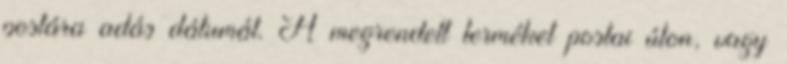
postára adás dátumát. A megrendelt terméket postai úton, vagy